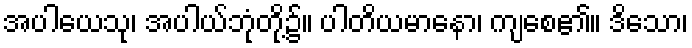
အပါယေသု၊ အပါယ်ဘုံတို့၌။ ပါတိယမာနော၊ ကျစေ၏။ ဒိသော၊